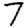
Digit: 7